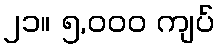
၂၁။ ၅,၀၀၀ ကျပ်